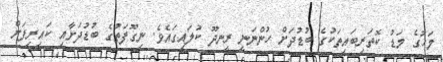
މަހުގެ މަޑު ކޮތަރިބައިތަކުގެ ބުޑުދަށް ހުންނަނީ ރީނދޫ ކުލައިގައެވެ. ނިގޫފަތުގެ ބުޑުދަށާއި ކައިރިފަށް